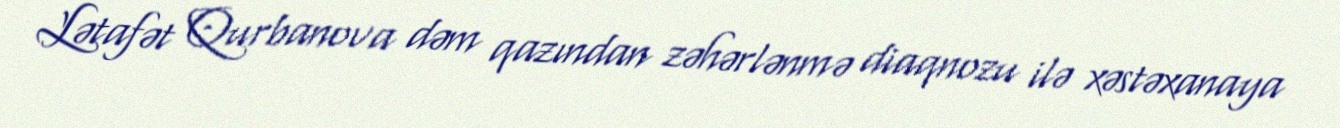
Lətafət Qurbanova dəm qazından zəhərlənmə diaqnozu ilə xəstəxanaya